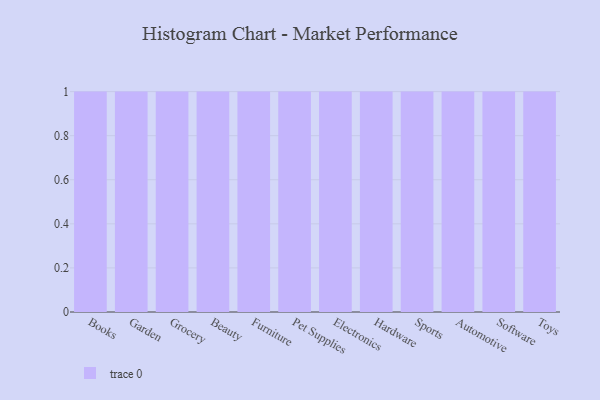
{"axis": {"x": "Category", "y": "Conversion Rate (%)"}, "legend": [""], "data": [{"x": "Books", "y": 73, "type": ""}, {"x": "Garden", "y": 69, "type": ""}, {"x": "Grocery", "y": 16, "type": ""}, {"x": "Beauty", "y": 39, "type": ""}, {"x": "Furniture", "y": 70, "type": ""}, {"x": "Pet Supplies", "y": 100, "type": ""}, {"x": "Electronics", "y": 76, "type": ""}, {"x": "Hardware", "y": 35, "type": ""}, {"x": "Sports", "y": 66, "type": ""}, {"x": "Automotive", "y": 37, "type": ""}, {"x": "Software", "y": 92, "type": ""}, {"x": "Toys", "y": 4, "type": ""}]}